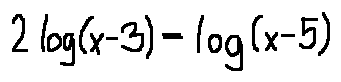
2 \log ( x - 3 ) = \log ( 5 - x )